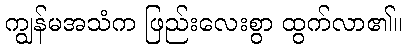
ကျွန်မအသံက ဖြည်းလေးစွာ ထွက်လာ၏။